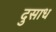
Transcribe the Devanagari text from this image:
दुसाध